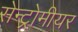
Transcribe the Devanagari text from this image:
सेन्ट्रोमीयर